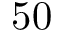
5 0